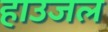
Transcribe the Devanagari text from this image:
हाउजल